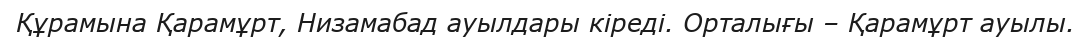
Құрамына Қарамұрт, Низамабад ауылдары кіреді. Орталығы – Қарамұрт ауылы.